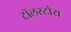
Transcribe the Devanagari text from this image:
टॉलस्टोय